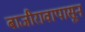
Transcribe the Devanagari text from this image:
बाजीरावापासून